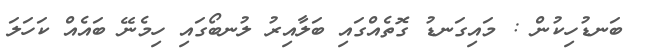
ބަނޑުހިކުން : މައިގަނޑު ގޮތެއްގައި ބަލާއިރު ލުނބޯގައި ހިމެނޭ ބައެއް ކަހަލަ